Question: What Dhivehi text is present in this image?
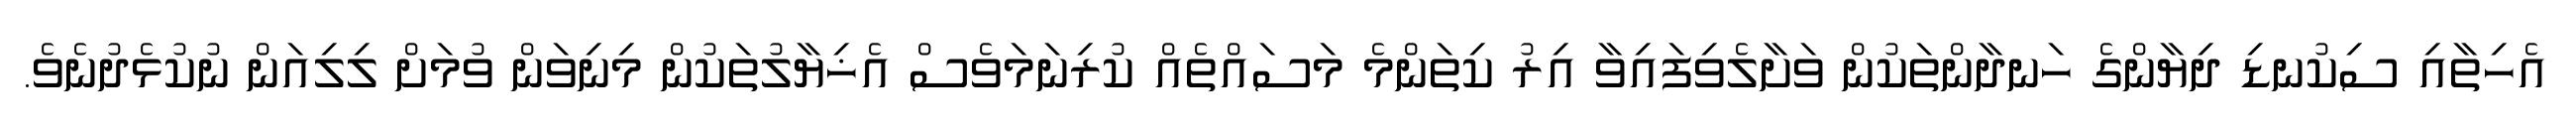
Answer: އެހިތާއި ސިކުނޑި ދިޔާންގެ ހަނދާންތަކުން ވަށާލެވިފައިވާ އިރު ކިތަންމެ މަސައްތެއް ކުރިނަމަވެސް އެޚިޔާލުތަކުން މިނިވަން ވުމަށް ލިލިއަން ނުކުޅެދުނެވެ.